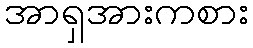
အာရှအားကစား